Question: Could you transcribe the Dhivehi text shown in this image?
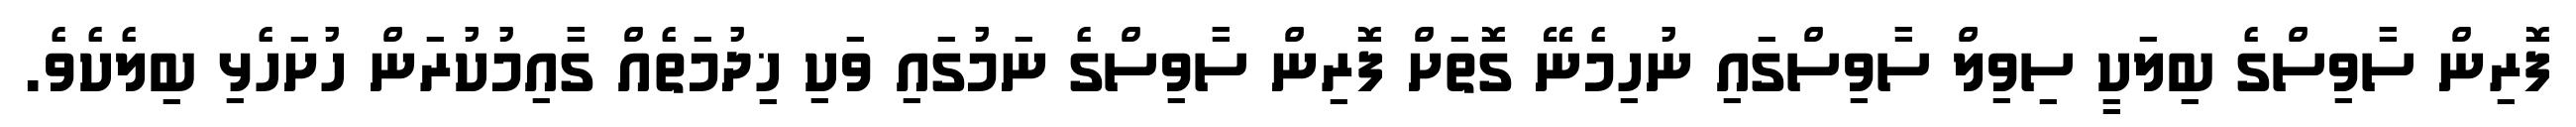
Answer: ފޮރިން ސާވިސްގެ ބިލަކީ ސިވިލް ސާވިސްގައި ނުހިމެނޭ ގޮތަށް ފޮރިން ސާވިސްގެ ނަމުގައި ވަކި ޚިދުމަތެއް ގާއިމުކުރަން ހުށަހެޅި ބިލެކެވެ.